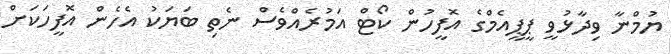
ޔުމްނާ ވިދާޅުވީ ޕީޕީއެމްގެ އޮފީހުން ކޯޓް އަމުރެއްވެސް ނެތި ބަޔަކު އެހެން އޮފީހަކަށް